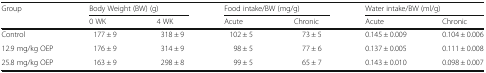
| <ROWSPAN=2> Group | <COLSPAN=2> Body Weight (BW) (g) | <COLSPAN=2> Food intake/BW (mg/g) | <COLSPAN=2> Water intake/BW (ml/g) |
 | 0 WK | 4 WK | Acute | Chronic | Acute | Chronic |
 | --- | --- | --- | --- | --- | --- | --- |
 | Control | 177 ± 9 | 318 ± 9 | 102 ± 5 | 73 ± 5 | 0.145 ± 0.009 | 0.104 ± 0.006 |
 | 12.9 mg/kg OEP | 176 ± 9 | 314 ± 9 | 98 ± 5 | 77 ± 6 | 0.137 ± 0.005 | 0.111 ± 0.008 |
 | 25.8 mg/kg OEP | 163 ± 9 | 298 ± 8 | 99 ± 5 | 65 ± 7 | 0.143 ± 0.010 | 0.098 ± 0.007 |